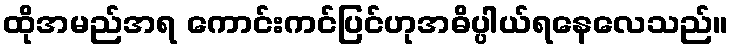
ထိုအမည်အရ ကောင်းကင်ပြင်ဟုအဓိပ္ပါယ်ရနေလေသည်။